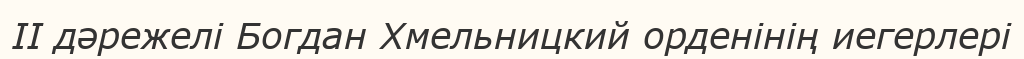
II дәрежелі Богдан Хмельницкий орденінің иегерлері